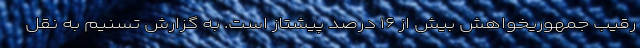
رقیب جمهوریخواهش بیش از ۱۶ درصد پیشتاز است. به گزارش تسنیم به نقل